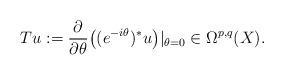
LaTeX: \begin{align*} Tu:=\frac{\partial}{\partial\theta}\bigr((e^{-i\theta})^*u\bigr)|_{\theta=0}\in\Omega^{p,q}(X).\end{align*}